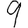
Digit: 9